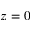
z = 0